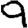
Digit: 9